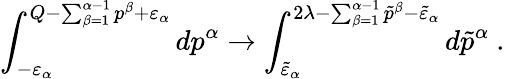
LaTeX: \int_{-\varepsilon_{\alpha}}^{Q-\sum_{\beta=1}^{\alpha-1}p^{\beta}+\varepsilon_{\alpha}}dp^{\alpha}\to\int_{\tilde{\varepsilon}_{\alpha}}^{2\lambda-\sum_{\beta=1}^{\alpha-1}\tilde{p}^{\beta}-\tilde{\varepsilon}_{\alpha}}d\tilde{p}^{\alpha}\ .